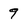
Character: 9